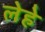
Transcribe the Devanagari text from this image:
लेहे